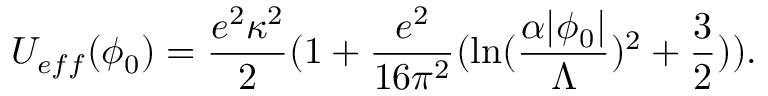
U _ { e f f } ( \phi _ { 0 } ) = \frac { e ^ { 2 } \kappa ^ { 2 } } { 2 } ( 1 + \frac { e ^ { 2 } } { 1 6 \pi ^ { 2 } } ( \ln ( \frac { \alpha | \phi _ { 0 } | } { \Lambda } ) ^ { 2 } + \frac { 3 } { 2 } ) ) .